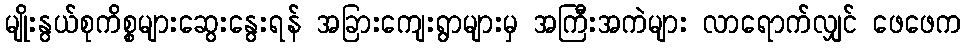
မျိုးနွယ်စုကိစ္စများဆွေးနွေးရန် အခြားကျေးရွာများမှ အကြီးအကဲများ လာရောက်လျှင် ဖေဖေက